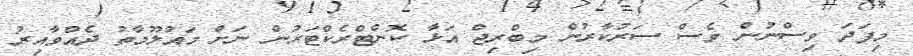
މިފަދަ ވިސްނުން ވެސް ސަރުކާރުން މިބްރިޖް އަޅާ ކޮންޓްރެކްޓަރުން ނަށް މައުލޫމާތު ދެއްވާއިރު